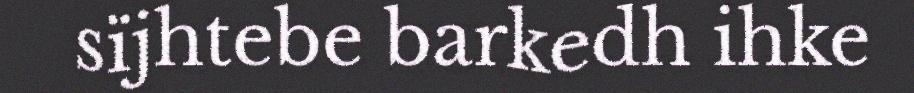
sïjhtebe barkedh ihke